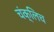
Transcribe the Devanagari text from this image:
चंक्लिच